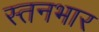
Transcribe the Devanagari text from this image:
स्तनभार